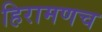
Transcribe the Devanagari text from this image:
हिरामणच